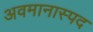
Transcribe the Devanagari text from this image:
अवमानास्पद